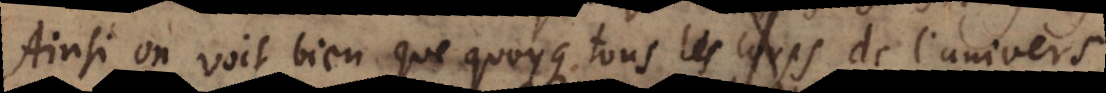
Ainsi on voit bien que quoyque tous les corps de l’univers